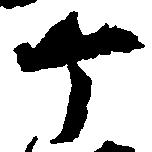
ヶ